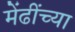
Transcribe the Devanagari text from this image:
मेंढींच्या